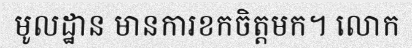
មូលដ្ឋាន មានការខកចិត្តមក។ លោក